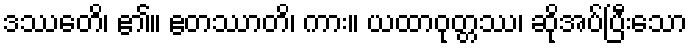
ဒဿေတိ၊ ၏။ ဧတဿာတိ၊ ကား။ ယထာဝုတ္တဿ၊ ဆိုအပ်ပြီးသော